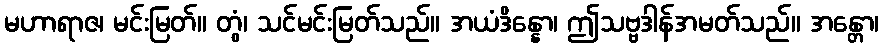
မဟာရာဇ၊ မင်းမြတ်။ တွံ၊ သင်မင်းမြတ်သည်။ အယံဒိန္နော၊ ဤသဗ္ဗဒါန်အမတ်သည်။ အန္တော၊